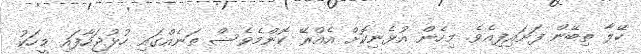
ހޭލާ ތިބޭން ފަށައިފިއެވެ. މިހެން އުޅެނިކޮށް އެއްރޭ ކޮންމެވެސް ތަނެއްގައި ހުޅުޖަހާފައި މީހަކު